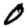
Digit: 0